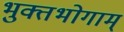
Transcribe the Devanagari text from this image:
भुक्तभोगाम्‌